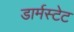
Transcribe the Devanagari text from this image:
डार्मस्टेट